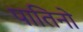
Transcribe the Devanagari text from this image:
पातिनो